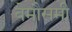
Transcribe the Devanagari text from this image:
बेमौसमी